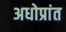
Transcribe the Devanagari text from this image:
अधोप्रांत